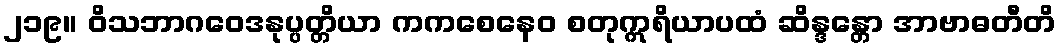
၂၁၉။ ဝိသဘာဂဝေဒနုပ္ပတ္တိယာ ကကစေနေဝ စတုဣရိယာပထံ ဆိန္ဒန္တော အာဗာဓတီတိ